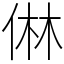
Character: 㑣